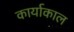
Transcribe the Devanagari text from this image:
कार्याकाल